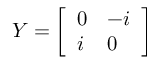
Y = { \left[ \begin{array} { l l } { 0 } & { - i } \\ { i } & { 0 } \end{array} \right] }